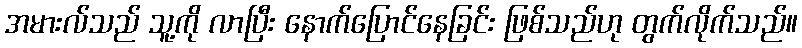
အမားလ်သည် သူ့ကို လာပြီး နောက်ပြောင်နေခြင်း ဖြစ်သည်ဟု တွက်လိုက်သည်။